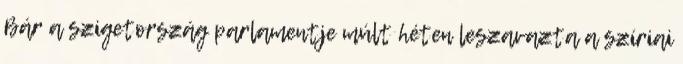
Bár a szigetország parlamentje múlt héten leszavazta a szíriai